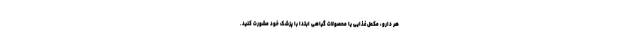
هر دارو، مکمل غذایی یا محصولات گیاهی ابتدا با پزشک خود مشورت کنید.